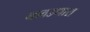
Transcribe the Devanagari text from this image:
नावडणारा